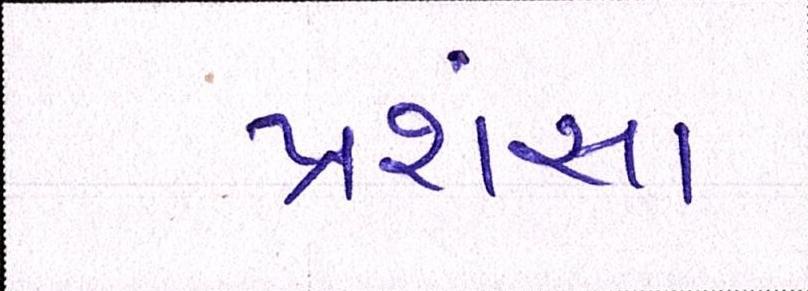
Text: પ્રશંસા